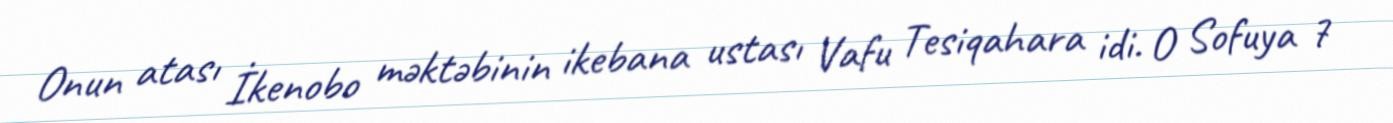
Onun atası İkenobo məktəbinin ikebana ustası Vafu Tesiqahara idi. O Sofuya 7